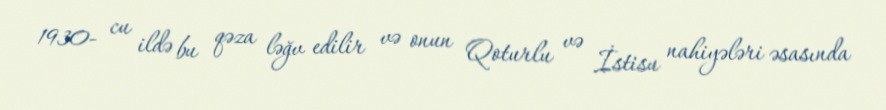
1930- cu ildə bu qəza ləğv edilir və onun Qoturlu və İstisu nahiyələri əsasında